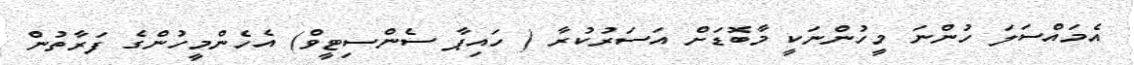
އެމައްސަލަ ހުންނަ މީހުންނަކީ މާބޮޑަށް އަސަރުކުރާ ( ހައިޕާ ސެންސިޓީވް) އެހެންމީހުންގެ ފަރާތުން